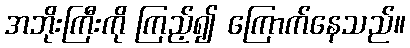
အဘိုးကြီးကို ကြည့်၍ ကြောက်နေသည်။